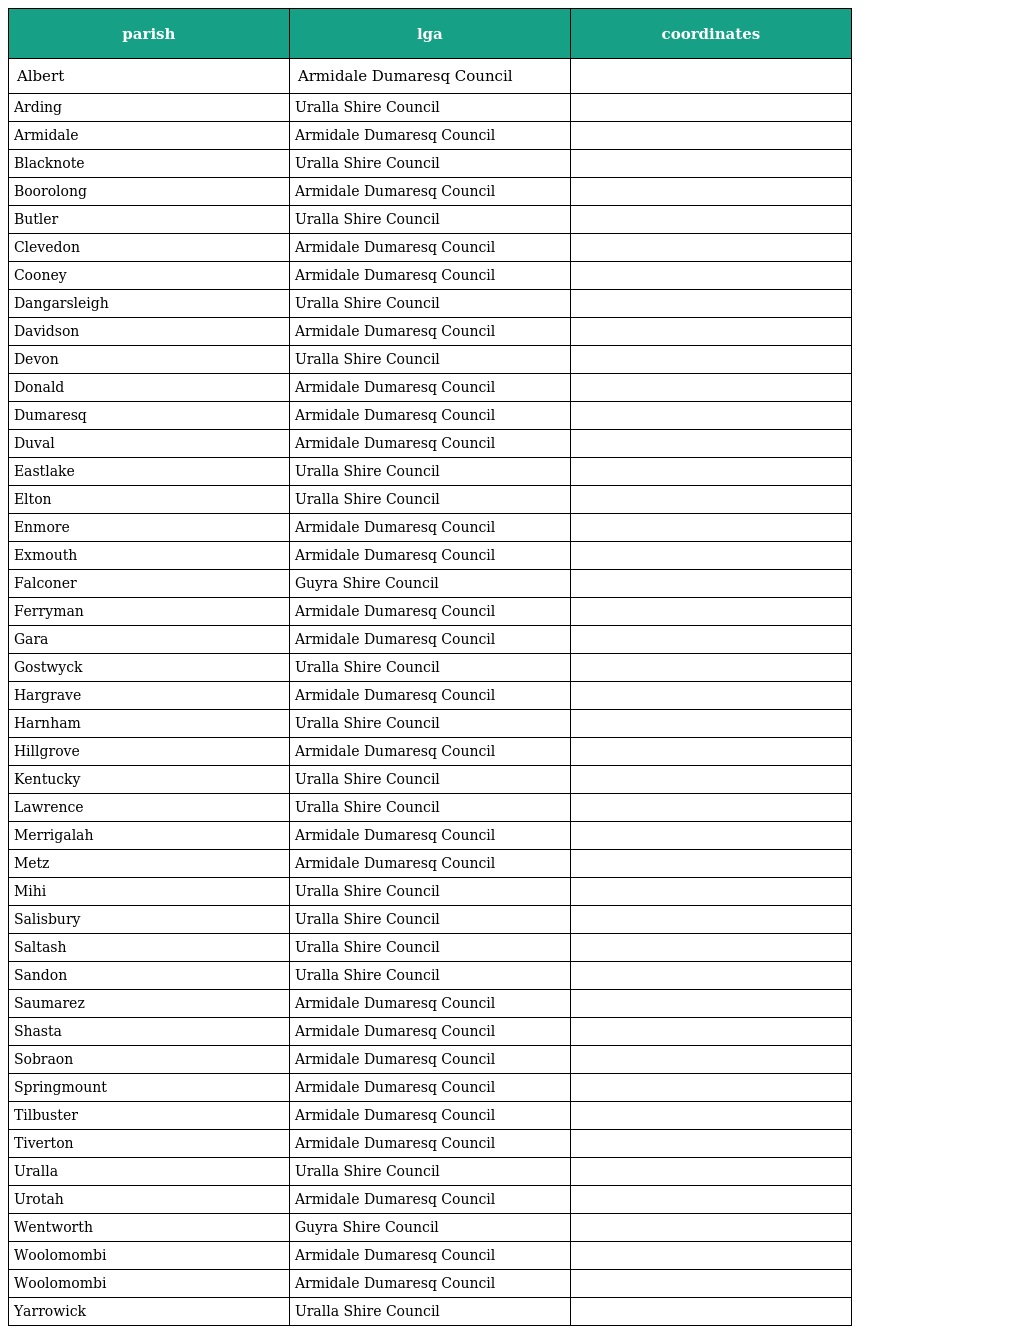
| parish | lga | coordinates |
 | --- | --- | --- |
 | Albert | Armidale Dumaresq Council |  |
 | Arding | Uralla Shire Council |  |
 | Armidale | Armidale Dumaresq Council |  |
 | Blacknote | Uralla Shire Council |  |
 | Boorolong | Armidale Dumaresq Council |  |
 | Butler | Uralla Shire Council |  |
 | Clevedon | Armidale Dumaresq Council |  |
 | Cooney | Armidale Dumaresq Council |  |
 | Dangarsleigh | Uralla Shire Council |  |
 | Davidson | Armidale Dumaresq Council |  |
 | Devon | Uralla Shire Council |  |
 | Donald | Armidale Dumaresq Council |  |
 | Dumaresq | Armidale Dumaresq Council |  |
 | Duval | Armidale Dumaresq Council |  |
 | Eastlake | Uralla Shire Council |  |
 | Elton | Uralla Shire Council |  |
 | Enmore | Armidale Dumaresq Council |  |
 | Exmouth | Armidale Dumaresq Council |  |
 | Falconer | Guyra Shire Council |  |
 | Ferryman | Armidale Dumaresq Council |  |
 | Gara | Armidale Dumaresq Council |  |
 | Gostwyck | Uralla Shire Council |  |
 | Hargrave | Armidale Dumaresq Council |  |
 | Harnham | Uralla Shire Council |  |
 | Hillgrove | Armidale Dumaresq Council |  |
 | Kentucky | Uralla Shire Council |  |
 | Lawrence | Uralla Shire Council |  |
 | Merrigalah | Armidale Dumaresq Council |  |
 | Metz | Armidale Dumaresq Council |  |
 | Mihi | Uralla Shire Council |  |
 | Salisbury | Uralla Shire Council |  |
 | Saltash | Uralla Shire Council |  |
 | Sandon | Uralla Shire Council |  |
 | Saumarez | Armidale Dumaresq Council |  |
 | Shasta | Armidale Dumaresq Council |  |
 | Sobraon | Armidale Dumaresq Council |  |
 | Springmount | Armidale Dumaresq Council |  |
 | Tilbuster | Armidale Dumaresq Council |  |
 | Tiverton | Armidale Dumaresq Council |  |
 | Uralla | Uralla Shire Council |  |
 | Urotah | Armidale Dumaresq Council |  |
 | Wentworth | Guyra Shire Council |  |
 | Woolomombi | Armidale Dumaresq Council |  |
 | Woolomombi | Armidale Dumaresq Council |  |
 | Yarrowick | Uralla Shire Council |  |